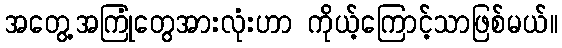
အတွေ့အကြုံတွေအားလုံးဟာ ကိုယ့်ကြောင့်သာဖြစ်မယ်။